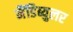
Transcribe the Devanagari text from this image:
मैंडिब्युलर